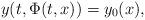
LaTeX: \begin{align*}y(t,\Phi(t,x))=y_0(x),\end{align*}